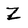
Character: Z